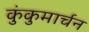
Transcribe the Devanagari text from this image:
कुंकुमार्चन